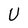
Character: U